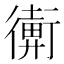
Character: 𢖋